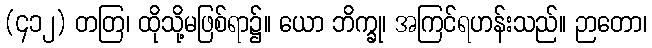
(၄၁၂) တတြ၊ ထိုသို့မဖြစ်ရာ၌။ ယော ဘိက္ခု၊ အကြင်ရဟန်းသည်။ ဉာတော၊